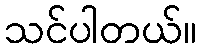
သင်ပါတယ်။